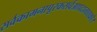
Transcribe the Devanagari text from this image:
सर्वकामनापूरकसर्वआपदानाशकहै।